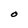
Character: O